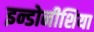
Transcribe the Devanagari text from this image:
इन्डोनीशिया